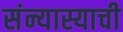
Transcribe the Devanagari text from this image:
संन्यास्याची